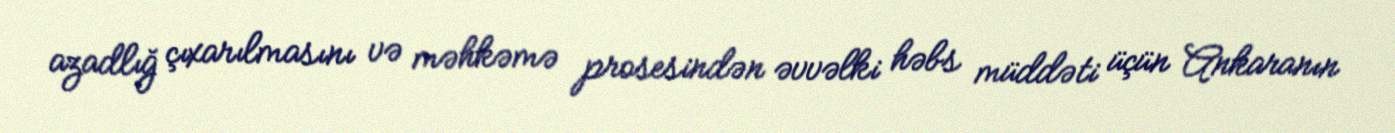
azadlığ çıxarılmasını və məhkəmə prosesindən əvvəlki həbs müddəti üçün Ankaranın